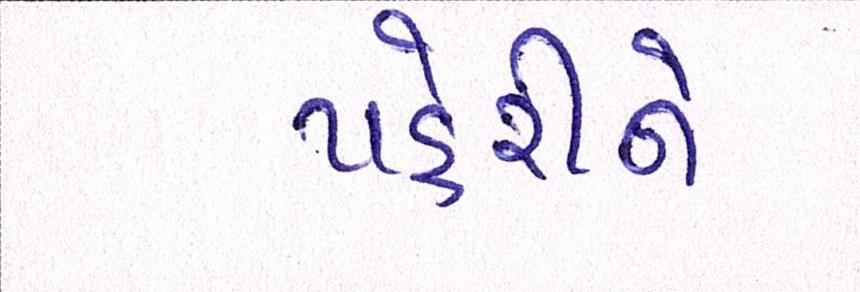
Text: પહેરીને